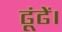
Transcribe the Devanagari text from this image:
ढूंढें।